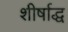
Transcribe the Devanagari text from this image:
शीर्षाद्ध